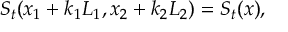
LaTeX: S _ { t } ( x _ { 1 } + k _ { 1 } L _ { 1 } , x _ { 2 } + k _ { 2 } L _ { 2 } ) = S _ { t } ( x ) ,